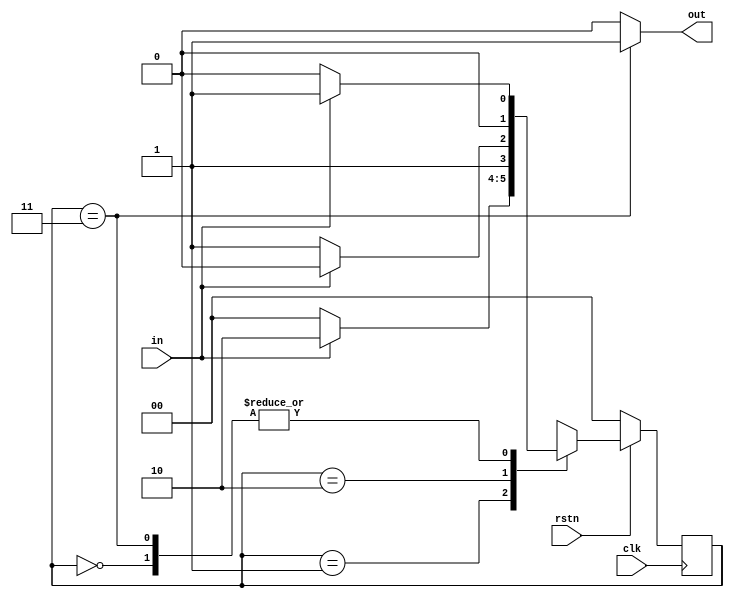
`timescale 1ns / 1ps

module seq_det_110_moore(
    input clk,
    input rstn,
    input in,
	 
    output out
    );
	
	parameter s0=0, s1=1, s2=2, s3=3;
	reg [1:0] CS, NS;
	
	assign out= (CS==s3?1:0);
	
	always@(posedge clk)
		if(~rstn)
			CS<=s0;
		else
			CS<=NS;
	always@(CS, in)
	begin
		case(CS)
			s0: if(in) NS<=s1;
				 else NS<=s0;
			s1: if(in) NS<=s2;
				 else NS<=s0;
			s2: if(in) NS<=s2;
				 else NS<=s3;
			s3: if(in) NS<=s1;
				 else NS<=s0;
		default: NS<=s0;
		endcase
	end

endmodule